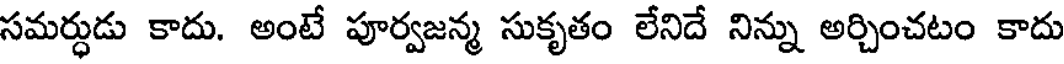
సమర్ధుడు కాదు. అంటే పూర్వజన్మ సుకృతం లేనిదే నిన్ను అర్చించటం కాదు